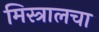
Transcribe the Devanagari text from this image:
मिस्त्रालचा